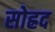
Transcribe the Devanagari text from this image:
सोह्रद